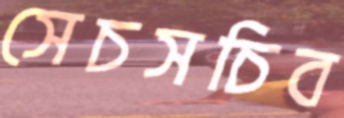
সেচসচিব